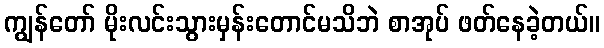
ကျွန်တော် မိုးလင်းသွားမှန်းတောင်မသိဘဲ စာအုပ် ဖတ်နေခဲ့တယ်။